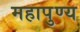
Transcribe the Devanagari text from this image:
महापुण्य